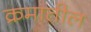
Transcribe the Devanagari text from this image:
क्रमातील